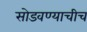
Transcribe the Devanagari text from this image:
सोडवण्याचीच